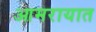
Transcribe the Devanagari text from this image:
आमरायात